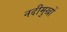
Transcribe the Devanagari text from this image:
नदीमुखों